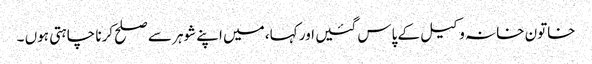
خاتون خانہ وکیل کے پاس گئیں اور کہا، میں اپنے شوہر سے صلح کرنا چاہتی ہوں ۔